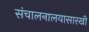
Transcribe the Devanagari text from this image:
संचालनालयासारखी